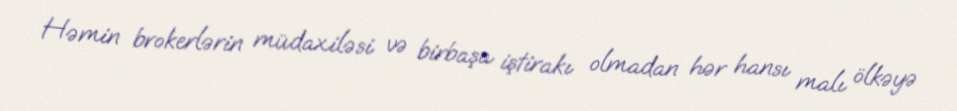
Həmin brokerlərin müdaxiləsi və birbaşa iştirakı olmadan hər hansı malı ölkəyə